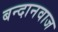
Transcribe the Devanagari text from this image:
बन्दानवाज